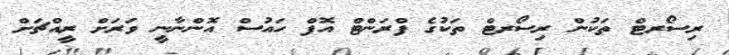
ރިސޯރޓް ތަކުން ރިސޯރޓް ތަކުގެ ފްރަންޓް އޮފް ހައުސް އޮންނާނީ ވަރަށް ރީއްޗަށް